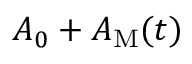
A _ { 0 } + A _ { \mathrm { M } } ( t )